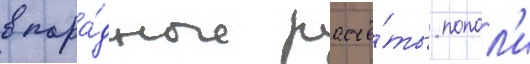
в пара́дные расчё́ты попал'и